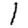
Digit: 1